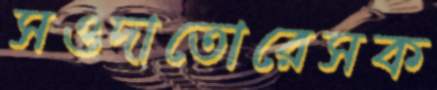
সওদাতোরেসক